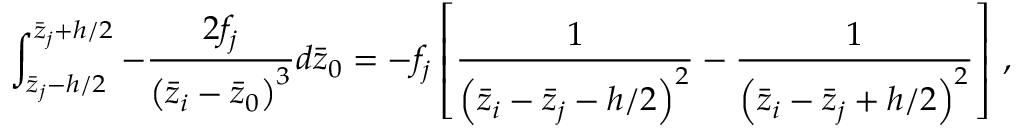
\int _ { \bar { z } _ { j } - h / 2 } ^ { \bar { z } _ { j } + h / 2 } - \frac { 2 f _ { j } } { \left( \bar { z } _ { i } - \bar { z } _ { 0 } \right) ^ { 3 } } d \bar { z } _ { 0 } = - f _ { j } \left[ \frac { 1 } { \left( \bar { z } _ { i } - \bar { z } _ { j } - h / 2 \right) ^ { 2 } } - \frac { 1 } { \left( \bar { z } _ { i } - \bar { z } _ { j } + h / 2 \right) ^ { 2 } } \right] \, ,